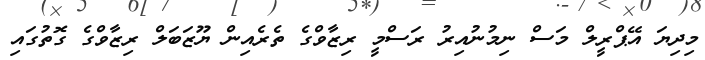
މިދިޔަ އޭޕްރީލް މަސް ނިމުނުއިރު ރަސްމީ ރިޒާވްގެ ތެރެއިން ޔޫޒަބަލް ރިޒާވްގެ ގޮތުގައި